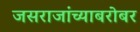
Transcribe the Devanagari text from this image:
जसराजांच्याबरोबर